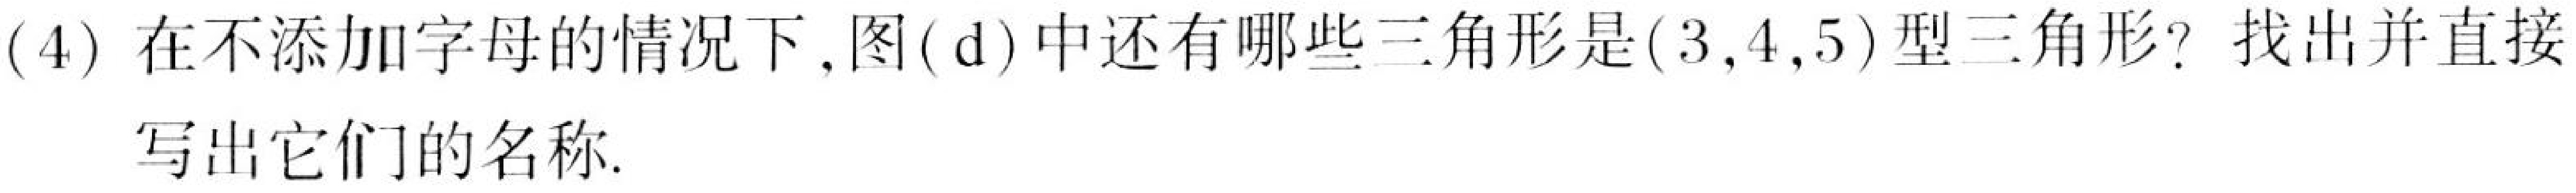
(4) 在不添加字母的情况下,图( d)中还有哪些三角形是\((3,4,5)\)型三角形? 找出并直接写出它们的名称.